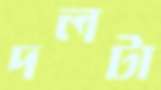
দলটা